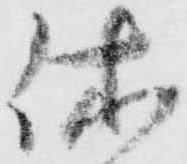
休